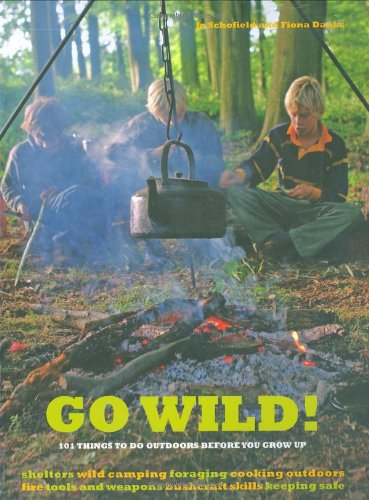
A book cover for Go Wild!: 101 Things to Do Outdoors Before You Grow Up; Fiona Danks; Sports & Outdoors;